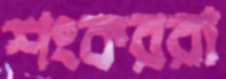
শংকররা